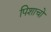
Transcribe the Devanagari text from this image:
पिशाचो